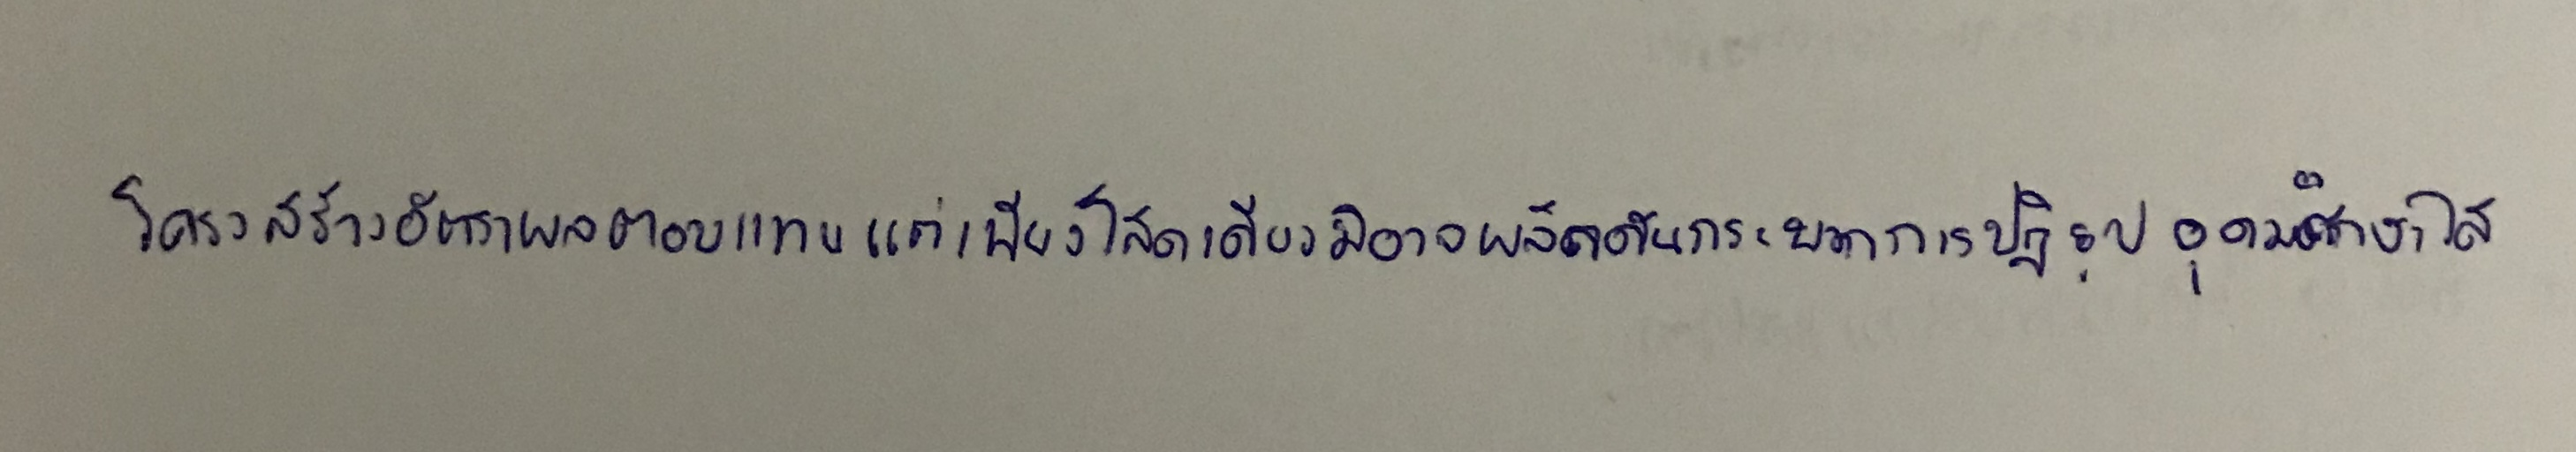
โครงสร้างอัตราผลตอบแทนแต่เพียงโสดเดียวมิอาจผลักดันกระบวนการปฏิรูปอุดมศึกษาได้